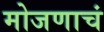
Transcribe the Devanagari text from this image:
मोजणाचं